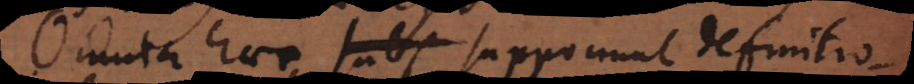
Omnia haec supponunt definitionem